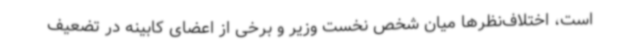
است، اختلاف‌نظرها میان شخص نخست وزیر و برخی از اعضای کابینه در تضعیف